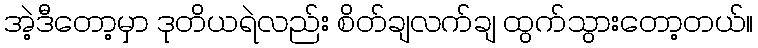
အဲ့ဒီတော့မှာ ဒုတိယရဲလည်း စိတ်ချလက်ချ ထွက်သွားတော့တယ်။